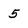
Character: 5